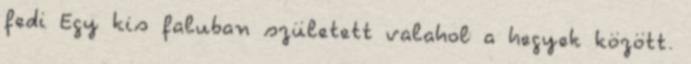
fedi Egy kis faluban született valahol a hegyek között.